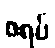
ဇရပ်